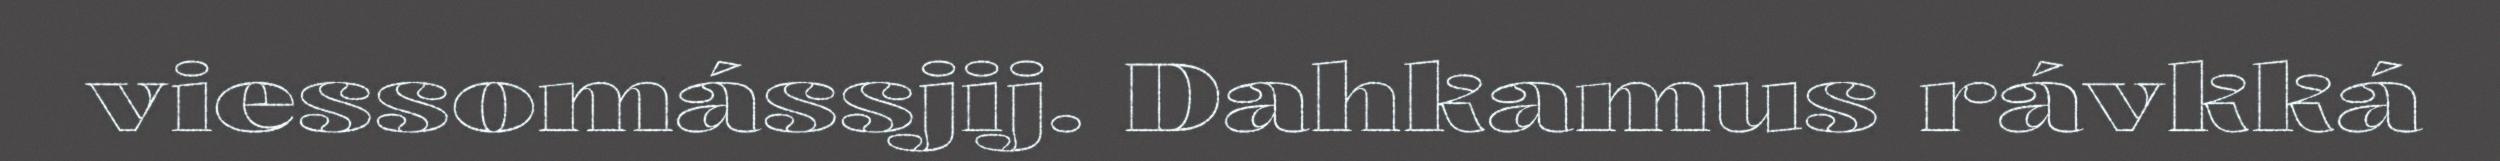
viessomássjij. Dahkamus rávkká